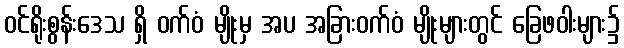
ဝင်ရိုးစွန်းဒေသ ရှိ ဝက်ဝံ မျိုးမှ အပ အခြားဝက်ဝံ မျိုးများတွင် ခြေဖဝါးများ၌